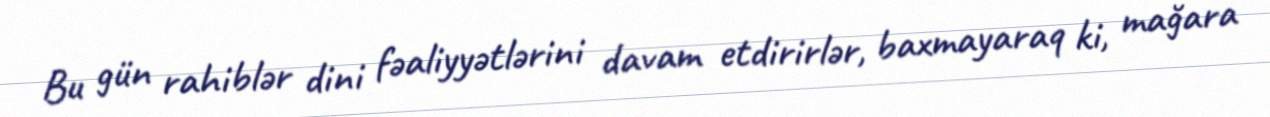
Bu gün rahiblər dini fəaliyyətlərini davam etdirirlər, baxmayaraq ki, mağara